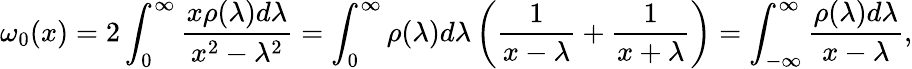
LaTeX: \omega_{0}(x)=2\int_{0}^{\infty}{\frac{x\rho(\lambda)d\lambda}{x^{2}-\lambda^{2}}}=\int_{0}^{\infty}\rho(\lambda)d\lambda\left({\frac{1}{x-\lambda}}+{\frac{1}{x+\lambda}}\right)=\int_{-\infty}^{\infty}{\frac{\rho(\lambda)d\lambda}{x-\lambda}},